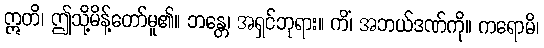
ဣတိ၊ ဤသို့မိန့်တော်မူ၏။ ဘန္တေ၊ အရှင်ဘုရား။ ကိံ၊ အဘယ်ဒဏ်ကို။ ကရောမိ၊